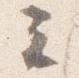
云